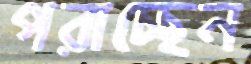
পরাচ্ছেন